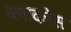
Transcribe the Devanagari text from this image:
ब्लांकोस